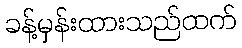
ခန့်မှန်းထားသည်ထက်